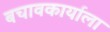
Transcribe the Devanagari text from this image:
बचावकार्याला